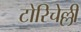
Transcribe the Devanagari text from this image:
टोरिचेल्ली